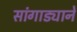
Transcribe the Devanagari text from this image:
सांगाड्याने